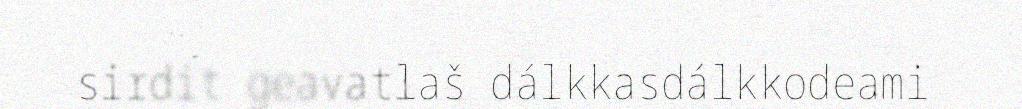
sirdit geavatlaš dálkkasdálkkodeami